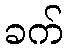
ခက်